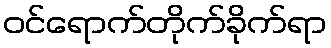
ဝင်ရောက်တိုက်ခိုက်ရာ